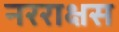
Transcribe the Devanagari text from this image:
नरराक्षस